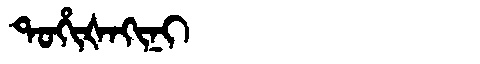
Manchu: ᡨᠣᡥᡳᡧᠠᡴᡳᠨᡳ
Romanization: TOHIŠAKINI